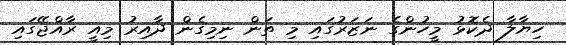
ހިޔާލާ ދެކޮޅު މީހުންގެ ނަޒަރުގައި މި ތަން ނިމިގެން ދާއިރު މިއީ ރާއްޖޭގައި